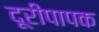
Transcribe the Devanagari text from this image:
दूरीपापक